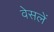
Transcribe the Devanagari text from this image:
वेसलें